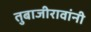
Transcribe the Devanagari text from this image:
तुबाजीरावांनी